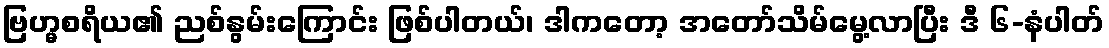
ဗြဟ္မစရိယ၏ ညစ်နွမ်းကြောင်း ဖြစ်ပါတယ်၊ ဒါကတော့ အတော်သိမ်မွေ့လာပြီး ဒီ ၆-နံပါတ်